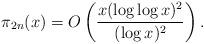
LaTeX: \begin{align*} \pi_{2n}(x) = O \left( \frac{x (\log \log x)^2}{(\log x)^2} \right). \end{align*}